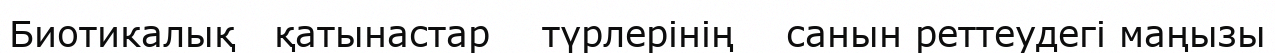
Биотикалық   қатынастар    түрлерінің    санын реттеудегі маңызы